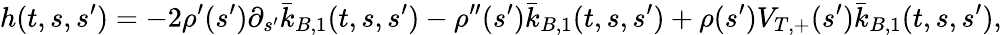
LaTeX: h(t,s,s^{\prime})=-2\rho^{\prime}(s^{\prime})\partial_{s^{\prime}}\bar{k}_{B,1}(t,s,s^{\prime})-\rho^{\prime\prime}(s^{\prime})\bar{k}_{B,1}(t,s,s^{\prime})+\rho(s^{\prime})V_{T,+}(s^{\prime})\bar{k}_{B,1}(t,s,s^{\prime}),